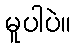
မူပါပဲ။